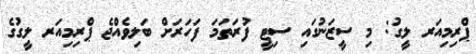
ޕްރިމިއަރ ލީގު: މި ސީޒަނުގައި ސިޓީ ފުރަތަމަ ފަހަރަށް ބަލިވެއްޖެ ޕްރިމިއަރ ލީގުގެ